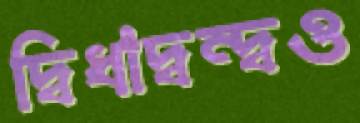
দ্বিধাদ্বন্দ্বও